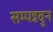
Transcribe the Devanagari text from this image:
सम्पन्नवुन